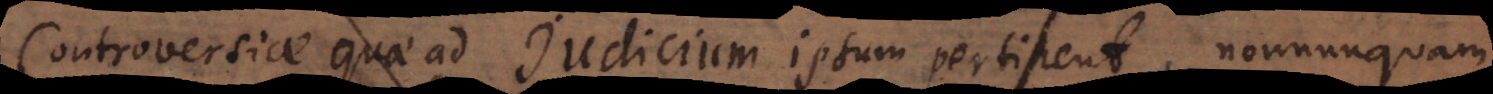
Controversiae quae ad Judicium ipsum pertinent, nonnunquam